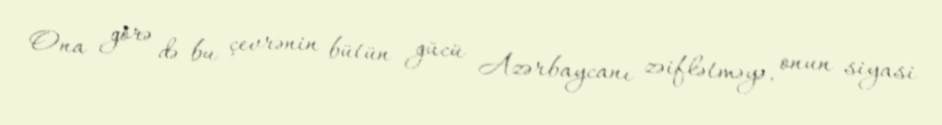
Ona görə də bu çevrənin bütün gücü Azərbaycanı zəiflətməyə, onun siyasi